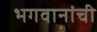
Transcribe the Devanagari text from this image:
भगवानांची